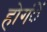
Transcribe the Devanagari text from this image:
होगंें